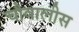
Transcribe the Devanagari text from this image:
चौवालीस